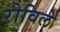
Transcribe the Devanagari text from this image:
रोविले